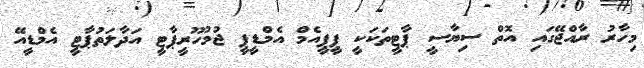
މިހާރު ރާއްޖޭގައި އޮތް ސިޔާސީ ޕާޓީތަކަކީ ޕީޕީއެމް އެމްޑީޕީ ޖުމުހޫރީޕާޓީ އަދާލަތުޕާޓީ އެމްޑީއޭ